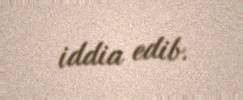
iddia edib.